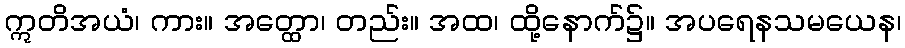
ဣတိအယံ၊ ကား။ အတ္ထော၊ တည်း။ အထ၊ ထို့နောက်၌။ အပရေနသမယေန၊